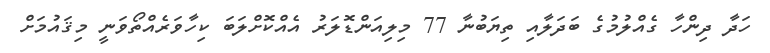
ހަދާ ދިންހާ ގެއްލުމުގެ ބަދަލާއި ތިޔަބުނާ 77 މިލިއަންޑޮލަރު އެއްކޮށްލަބަ ކިހާވަރެއްތޯވަނީ މިޤައުމަށް